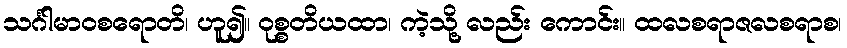
သင်္ဂါမာဝစရောတိ၊ ဟူ၍။ ဝုစ္စတိယထာ၊ ကဲ့သို့ လည်း ကောင်း။ ထလစရာဇလစရာစ၊